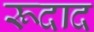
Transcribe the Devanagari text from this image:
रूदाद